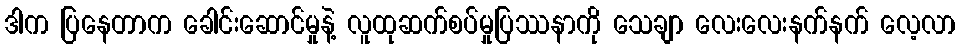
ဒါက ပြနေတာက ခေါင်းဆောင်မှုနဲ့ လူထုဆက်စပ်မှုပြဿနာကို သေချာ လေးလေးနက်နက် လေ့လာ